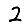
Digit: 2